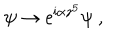
\psi \to \mathrm { e } ^ { \mathrm { i } \alpha \gamma ^ { 5 } } \psi \ ,